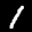
Label: 1